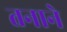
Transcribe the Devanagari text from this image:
तनाने